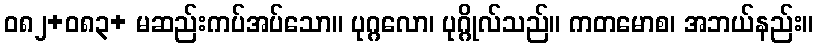
ဝ၈၂+၀၈၃+ မဆည်းကပ်အပ်သော။ ပုဂ္ဂလော၊ ပုဂ္ဂိုလ်သည်။ ကတမောစ၊ အဘယ်နည်း။